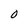
Character: O